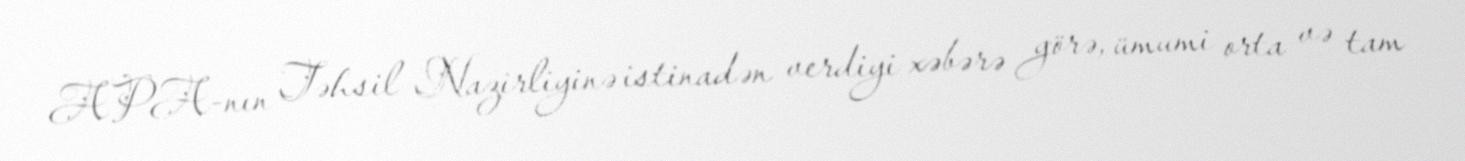
APA-nın Təhsil Nazirliyinə istinadən verdiyi xəbərə görə, ümumi orta və tam